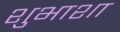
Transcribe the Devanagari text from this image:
शुभाशा